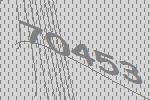
70453